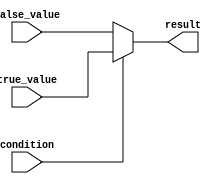
module conditional_assignment (
    input wire condition,
    input wire [7:0] true_value,
    input wire [7:0] false_value,
    output reg [7:0] result
);

always @(condition) begin
    if (condition) begin
        result <= true_value;
    end else begin
        result <= false_value;
    end
end

endmodule